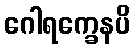
ဂေါရက္ခေနပိ